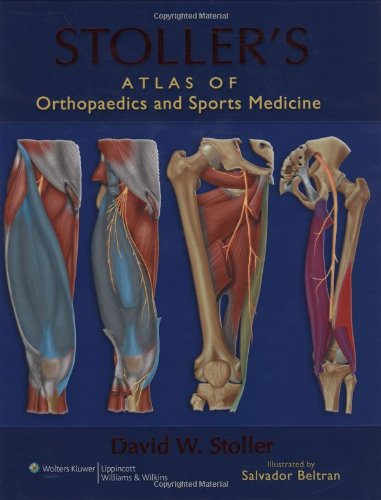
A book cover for Stoller's Atlas of Orthopaedics and Sports Medicine; David W. Stoller MD  FACR; Medical Books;